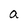
Character: a